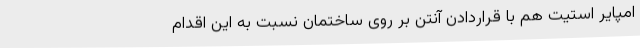
امپایر استیت هم با قراردادن آنتن بر روی ساختمان نسبت به این اقدام